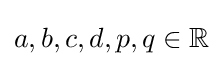
{\textstyle a,b,c,d,p,q\in \mathbb {R} }